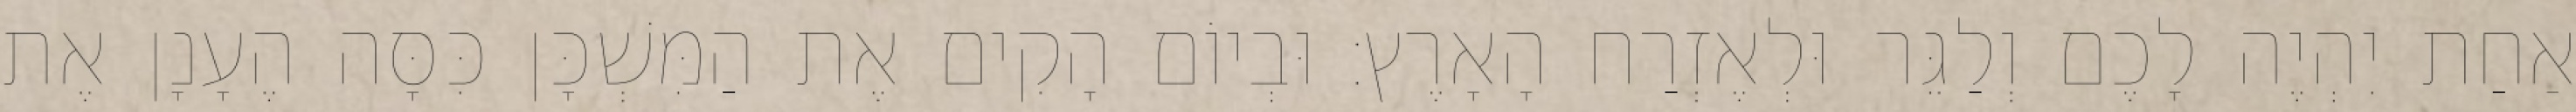
אַחַת יִהְיֶה לָכֶם וְלַגֵּר וּלְאֶזְרַח הָאָרֶץ׃ וּבְיוֹם הָקִים אֶת הַמִּשְׁכָּן כִּסָּה הֶעָנָן אֶת